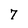
Character: 7